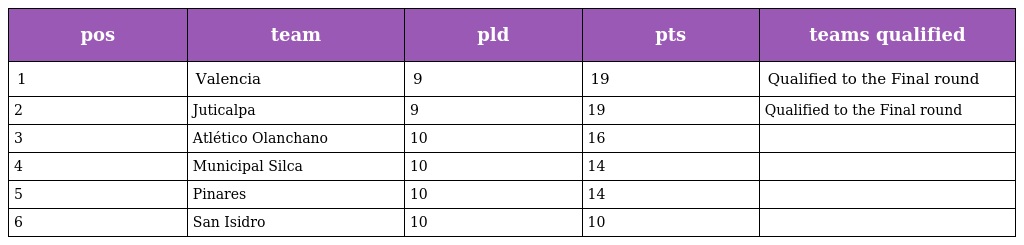
| pos | team | pld | pts | teams qualified |
 | --- | --- | --- | --- | --- |
 | 1 | Valencia | 9 | 19 | Qualified to the Final round |
 | 2 | Juticalpa | 9 | 19 | Qualified to the Final round |
 | 3 | Atlético Olanchano | 10 | 16 |  |
 | 4 | Municipal Silca | 10 | 14 |  |
 | 5 | Pinares | 10 | 14 |  |
 | 6 | San Isidro | 10 | 10 |  |